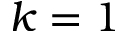
k = 1